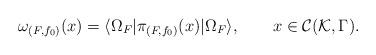
LaTeX: \begin{align*}\omega_{(F,f_0)}(x)= \langle \Omega_F|\pi_{(F,f_0)} (x) | \Omega_F \rangle ,\qquad x\in {\cal C}({\cal K},\Gamma).\end{align*}